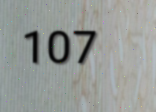
107